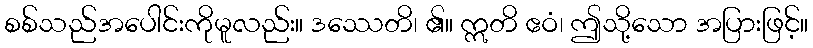
စစ်သည်အပေါင်းကိုမူလည်း။ ဒဿေတိ၊ ၏။ ဣတိ ဧဝံ၊ ဤသို့သော အပြားဖြင့်။